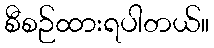
စီစဉ်ထားရပါတယ်။